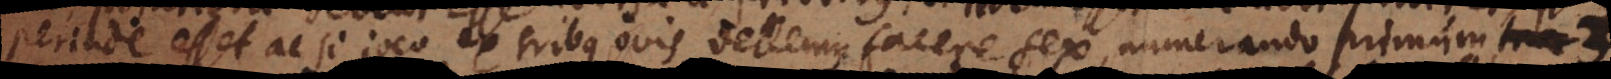
perinde esset ac si joco ex tribus ovis vellemus facere sex, numerando primum